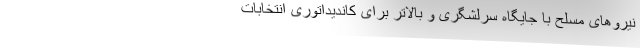
نیروهای مسلح با جایگاه سرلشگری و بالاتر برای کاندیداتوری انتخابات